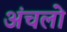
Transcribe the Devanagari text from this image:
अंचलो